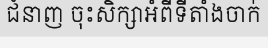
ជំនាញ ចុះសិក្សាអំពីទីតាំងចាក់